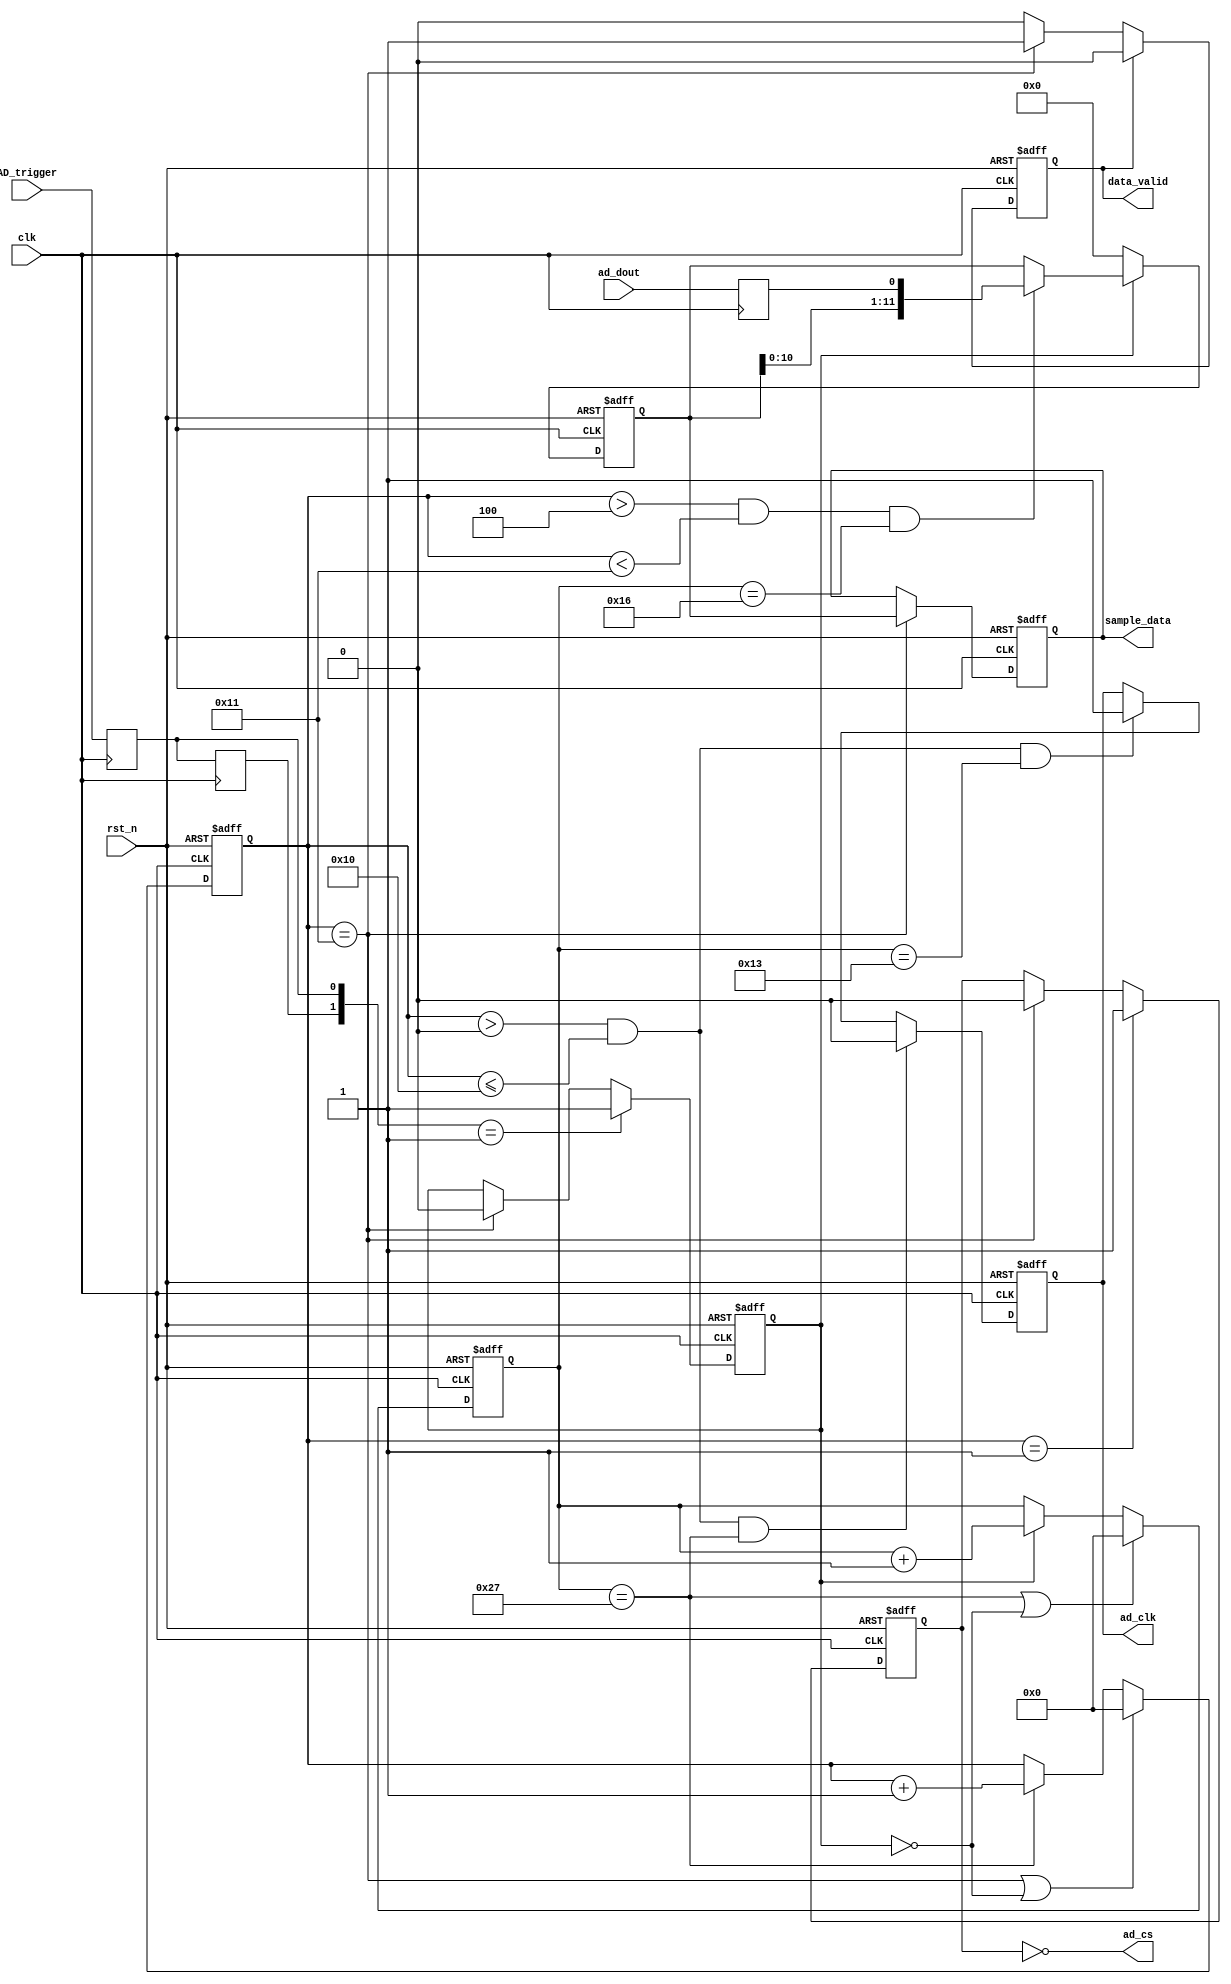
 
 module ads7822(
							clk        ,//40M
							rst_n      ,
							ad_clk     ,//AD 1Mhz
							ad_cs      ,//AD              
							ad_dout    ,//AD
							AD_trigger    ,//
							sample_data,//AD
							data_valid //AD 1
							); 
input clk        ;//40M
input rst_n      ;
output ad_clk    ;//AD 1Mhz
output ad_cs     ;//AD              
input ad_dout    ;//AD
input AD_trigger    ;//
output [11:0]sample_data;//AD
output data_valid ;//AD 1	
reg[11:0] sample_data;
reg data_valid;
reg ad_clk;

parameter COUNT_1MHZ=39;//27;//39;//1.5Mhz
parameter COUNT_M=19;//13;//

reg ad_dout_syn,ad_dout_syn1;
reg ad_trig_syn,ad_trig_syn1;
//
reg[5:0]  div_cnt; 
reg[5:0]  numer_cnt;   //
reg ad_cs_reg;
reg AD_Work;
//  
always@(posedge clk or negedge rst_n)
begin
	if(!rst_n)
	AD_Work<=0;
	else if({ad_trig_syn1,ad_trig_syn}==2'b01)//
	AD_Work<=1;
	else if (numer_cnt==6'd17)//
	AD_Work<=0;
end 
             
always@(posedge clk)
begin
     ad_dout_syn<=ad_dout;//Erik
     ad_dout_syn1<=ad_dout_syn;
	 ad_trig_syn<=AD_trigger;
	 ad_trig_syn1<=ad_trig_syn;
end
always@(posedge clk or negedge rst_n)
begin
     if(!rst_n)
        div_cnt<=0;
     else if((div_cnt==COUNT_1MHZ)||(!AD_Work))
        div_cnt<=0;
     else if(AD_Work)
        div_cnt<=div_cnt+1'b1;
end

always@(posedge clk or negedge rst_n)
begin
     if(!rst_n)
        numer_cnt<=6'd0;
     else if((numer_cnt==6'd17)||(!AD_Work))
        numer_cnt<=6'd0;
     else if(div_cnt==COUNT_1MHZ)
        numer_cnt<=numer_cnt+1'b1;
end

always@(posedge clk or negedge rst_n)
begin
     if(!rst_n)
          ad_cs_reg<=1'b0;
     else if(numer_cnt==6'd1)
          ad_cs_reg<=1'b1;
     else if(numer_cnt==6'd17)
          ad_cs_reg<=1'b0;//AD16
end     
assign ad_cs=~ad_cs_reg;

always@(posedge clk or negedge rst_n)
begin
     if(!rst_n)
        data_valid<=1'b0;
     else if(data_valid)
        data_valid<=1'b0;
     else if(numer_cnt==6'd17)
        data_valid<=1'b1;
end     

always@(posedge clk or negedge rst_n)
begin
     if(!rst_n)
        ad_clk<=1'b0;
		else if((numer_cnt>5'd0)&&(numer_cnt<=5'd16)&&(div_cnt==COUNT_1MHZ)) //hff-ad
     //else if((numer_cnt>5'd0)&&(numer_cnt<5'd16)&&(div_cnt==COUNT_1MHZ))
        ad_clk<=1'b0;
		else if((numer_cnt>5'd0)&&(numer_cnt<=5'd16)&&(div_cnt==COUNT_M))
     //else if((numer_cnt>5'd0)&&(numer_cnt<5'd16)&&(div_cnt==COUNT_M))
        ad_clk<=1'b1;
end     
reg [11:0]ad_syn;
always@(posedge clk or negedge rst_n)
begin
     if(!rst_n)
        ad_syn<=12'd0;
     else if(!AD_Work)
        ad_syn<=12'd0;
	 else if((numer_cnt>5'd4)&&(numer_cnt<5'd17)&&(div_cnt==(COUNT_M+3)))
     //else if((numer_cnt>5'd3)&&(numer_cnt<5'd16)&&(div_cnt==(COUNT_M+3)))//2009.12.15  <5'd16 17
        ad_syn<={ad_syn[10:0],ad_dout_syn}; 
end
always@(posedge clk or negedge rst_n)
begin
     if(!rst_n)
	  sample_data<=12'd0;
	  else if(numer_cnt==5'd17)
	  sample_data<=ad_syn;
end	  
 endmodule